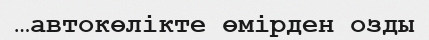
…автокөлікте өмірден озды